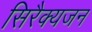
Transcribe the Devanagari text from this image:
सिरैक्यजन